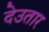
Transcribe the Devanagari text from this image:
देउतार